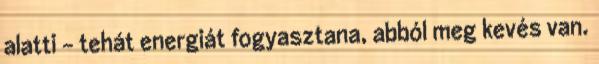
alatti - tehát energiát fogyasztana, abból meg kevés van.